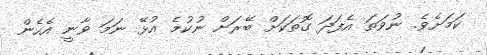
ކަމަށެވެ. ނުވަތަ އެފަދަ ގޮތަކަށް ބޭރަށް ނުކުމެ އުޅޭ ނަމަ ވާނީ އެހެން